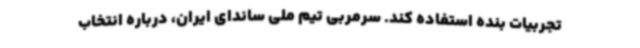
تجربیات بنده استفاده کند. سرمربی تیم ملی ساندای ایران، درباره انتخاب